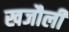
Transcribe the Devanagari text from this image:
खजौली